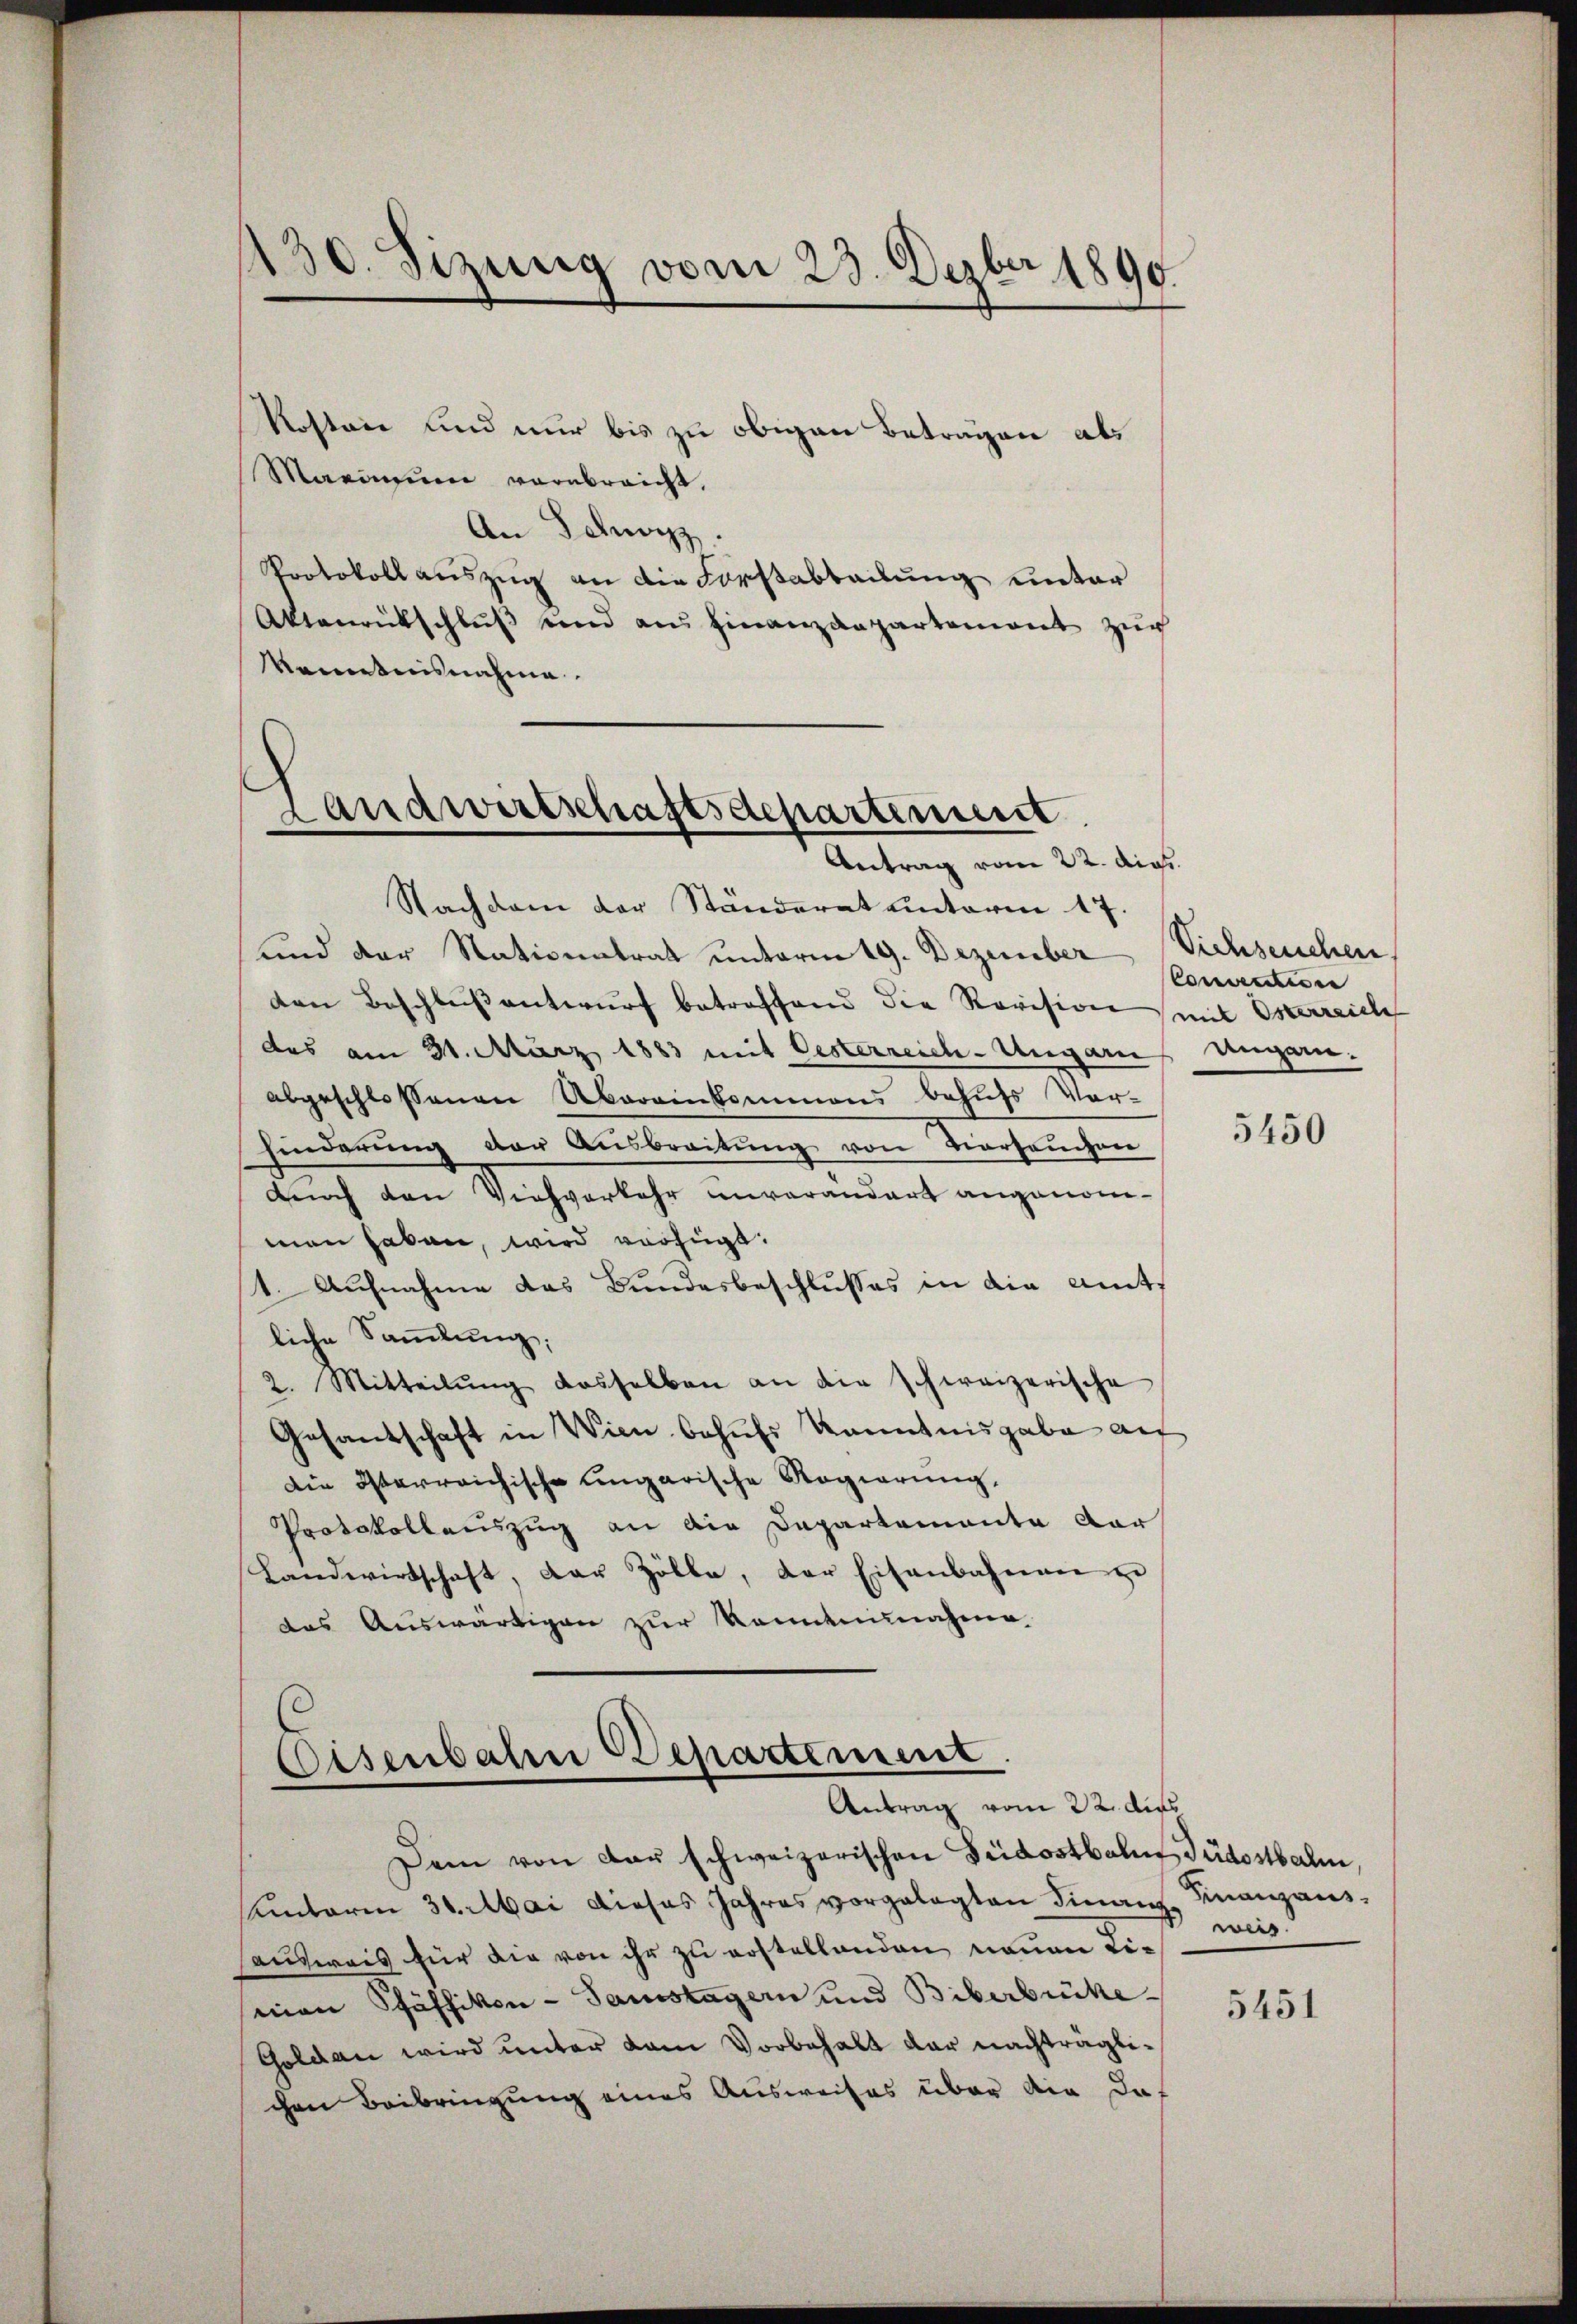
130. Sizung vom 23. Dezber 1890.

Kostrie und nur bis zu obigen Betragen als
Marinium verabreicht.
An Schwyz.
Protokoll auszug an die Forstabteilung unter
Aktanrückschluß und am Finanzdepartement zur
Kenntnisnahme.

Landwirtschaftsdepartiment
Antrag vom 22. dies

Nachdem der Ständerat unterm 17.
und der Nationatrat unterm 19. Dezember Viehseuchen
den Beschlußantwurf betreffend die Revision mit Osterreiche
das am 31. März 1883 mit Oesterreich-Ungarn Ungarn.
abgeschlossenen Abereinkommens behufs Vor-
finderung der Ausbreitung von vorseuchen
durch den Viehverkehr unvorandert angenomman haben, wird verfügt:
1. Aufnahme das Bundesbeschlusses in die Amts
liche Sammlung,
2. Mitteilŭng dasselben an die schweizerische
Gesandschaft in Wien behufs Kenntnisgabe auf
Die Osterreichische ungarische Regierung.
Protokollauszug an die Departemente dar
Landwirtschaft, der Zölle, der Eisenbahnen zu
das Aŭswärtigen zŭr Romaninagene

Eisenbaten Departement.
Antrag vom 22. die

Dem von der schweizerischen Fridostbahn Südostbalm,
unterm 30. Mai dieses Jahres vorgelegten Finanz Finanzausausweis für die von ihr zu erstellenden neuen Limon Pfäffikon - Samstagern und Biberbrücke
Goldau wird unter dem Vorbehalt der nachträglichen Beibringung eines Ausweises über die daf

Convention

5450

wies

5451